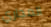
المجاري